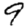
Digit: 9